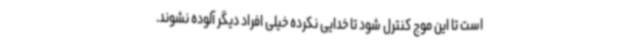
است تا این موج کنترل شود تا خدایی نکرده خیلی افراد دیگر آلوده نشوند.